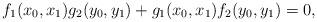
LaTeX: \begin{align*} f_1(x_0,x_1)g_2(y_0,y_1)+g_1(x_0,x_1)f_2(y_0,y_1) = 0,\end{align*}